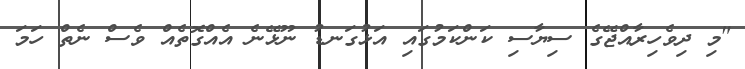
"މި ދިވެހިރާއްޖޭގެ ސިޔާސި ކަންކަމުގައި އަޅުގަނޑު ނޫޅޭނެ އެއްގޮތެއް ވެސް ނެތް ހަމަ